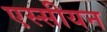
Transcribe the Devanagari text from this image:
एस्सीयन